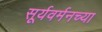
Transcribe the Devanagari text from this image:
सूर्यवर्मनच्या